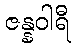
ဇန္နဝါရီ